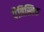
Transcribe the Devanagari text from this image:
पैत्रिस्तिक